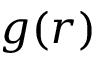
g ( r )